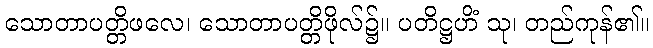
သောတာပတ္တိဖလေ၊ သောတာပတ္တိဖိုလ်၌။ ပတိဋ္ဌဟိံ သု၊ တည်ကုန်၏။